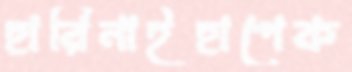
হারিনাইহাপেক